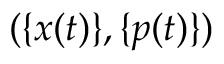
( \{ x ( t ) \} , \{ p ( t ) \} )